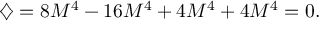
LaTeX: \diamondsuit = 8 M ^ { 4 } - 1 6 M ^ { 4 } + 4 M ^ { 4 } + 4 M ^ { 4 } = 0 .